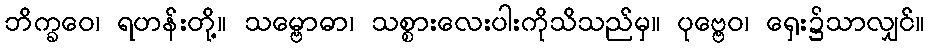
ဘိက္ခဝေ၊ ရဟန်းတို့။ သမ္ဗောဓာ၊ သစ္စားလေးပါးကိုသိသည်မှ။ ပုဗ္ဗေဝ၊ ရှေး၌သာလျှင်။